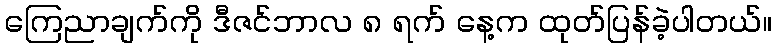
ကြေညာချက်ကို ဒီဇင်ဘာလ ၈ ရက် နေ့က ထုတ်ပြန်ခဲ့ပါတယ်။